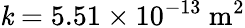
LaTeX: \mathit{k}=5.51\times10^{-13}\ \mathrm{{m^{2}}}